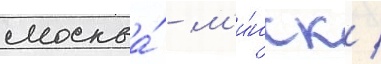
москва́ - м'и́нск /